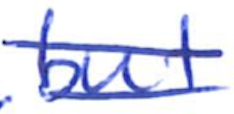
Text: but
Cross-out: double-line
Writing tool: ballpoint